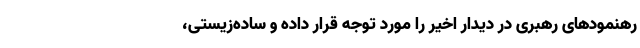
رهنمودهای رهبری در دیدار اخیر را مورد توجه قرار داده و ساده‌زیستی،